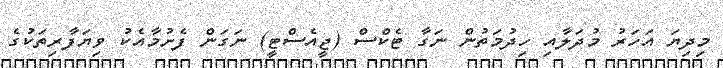
މިދިޔަ އަހަރު މުދަލާއި ހިދުމަތުން ނަގާ ޓެކްސް (ޖީއެސްޓީ) ނަގަން ފެށުމާއެކު ވިޔަފާރިތަކުގެ